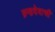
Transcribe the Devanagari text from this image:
ब्रम्हदेवाची